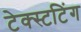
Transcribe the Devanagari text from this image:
टेक्स्टटिंग